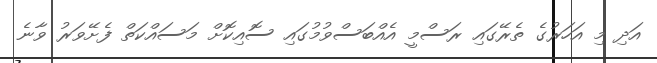
އަދި މި އަހަރުގެ ތެރޭގައި ރަސްމީ އެއްބަސްވުމުގައި ސޮއިކޮށް މަސައްކަތް ފެށޭވަރު ވާނެ